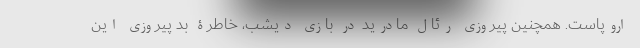
اروپاست. همچنین پیروزی رئال مادرید در بازی دیشب، خاطرۀ بد پیروزی این